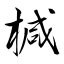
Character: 椷